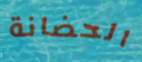
الحضانة